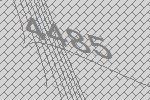
4485